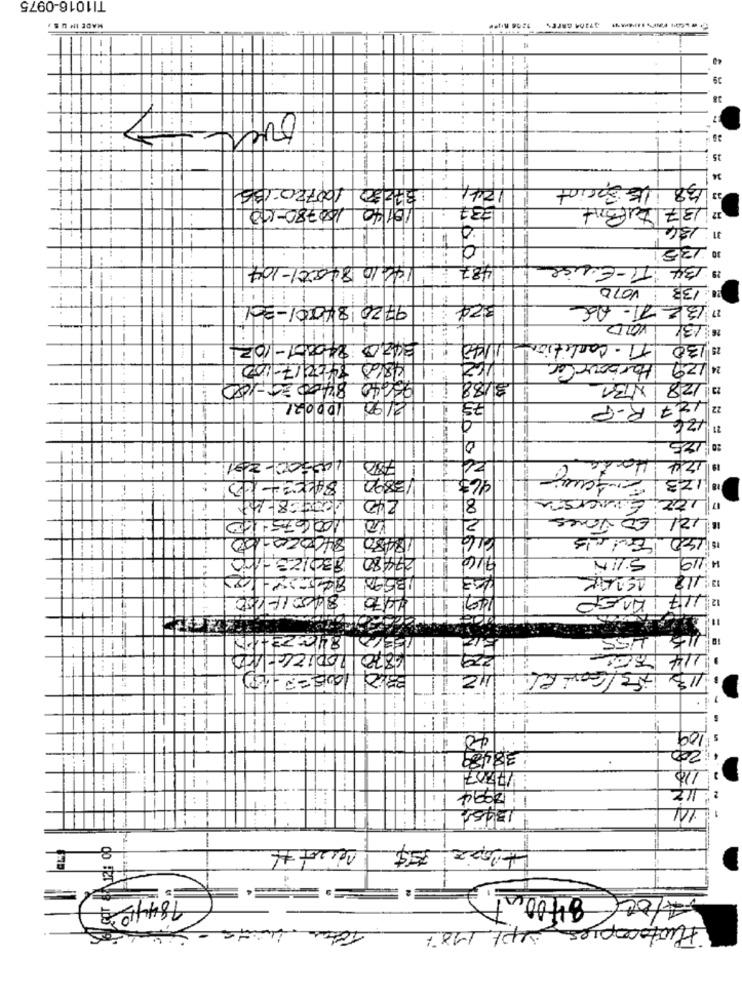
TI1016-0975
MADE IN USA
40
..
-
39
38
-
-
35
34
100720-136
372322
124/
138 LE Sprint
110140 100780-00
2 137 Luft
31: 1316
10 135
14410 84001-104
487
28 134 T-Erise
:133 VOID
9720 84001-301
324
BZT -AE
26 131/10100
1142 : 3420 240001-102
TI - Condition
25 130
4868 8420 17-100
:1
Harbour Cor
24 129
01640 8400 30-100
3/88
128 NBA
100021
21/90
79
127 R-P
22
11 126
20 125
24
Hocke
100000-201
19 124
84003-13
13890
963
1123
240
8
Lizzi Emnersia
100675-10
ED Jones
121
2
840020,00
18480
15 150 Entals
830123-100
7480
916
4119
3590
JASPAR
13 112
840017 100
1070
149
117 AREP
5
Er2 11 bara 84c:23tin
10 115 455
1414 86
6870 100126-4D
ViZIT
113 HFS/GOW EL
.
40
109
38489
$250
* !
: 17707
1:12994
: 112
1
8400un
1844 108
Hotocopies sept. 187